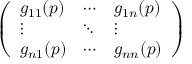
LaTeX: \left( \begin{array} { l l l } { g _ { 1 1 } ( p ) } & { \cdots } & { g _ { 1 n } ( p ) } \\ { \vdots } & { \ddots } & { \vdots } \\ { g _ { n 1 } ( p ) } & { \cdots } & { g _ { n n } ( p ) } \end{array} \right)